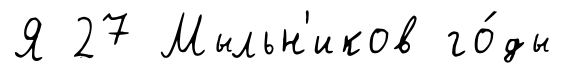
Я 27 Мыльн'иков го́ды